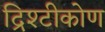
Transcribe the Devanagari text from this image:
द्रिश्टीकोण